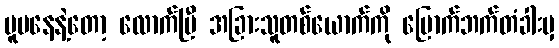
မူမနေနဲ့တော့ လောက်ပြီ အခြားသူတစ်ယောက်ကို မြောက်ဘက်တံခါးမှ